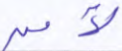
لآمن